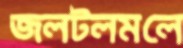
জলটলমলে